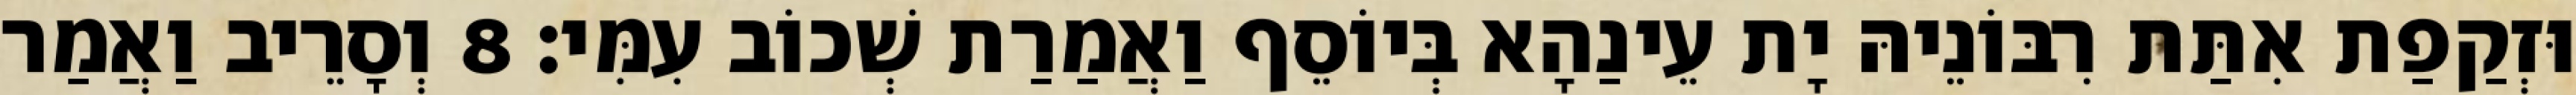
וּזְקַפַת אִתַּת רִבּוֹנֵיהּ יָת עֵינַהָא בְּיוֹסֵף וַאֲמַרַת שְׁכוֹב עִמִּי׃ 8 וְסָרֵיב וַאֲמַר